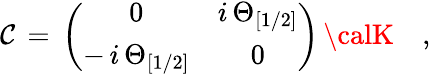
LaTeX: {\cal\mathcal{C}}\, =\, \left(\begin{array}{cc}{{0}}&{{i\, \Theta_{[1/2]}}}\\ {{-\, i\, \Theta_{[1/2]}}}&{{0}}\end{array}\right)\, {\calK}\quad,